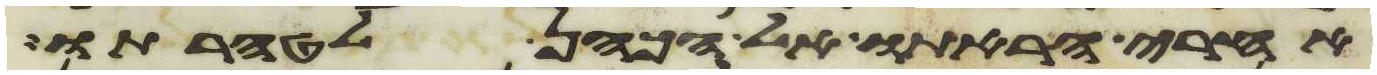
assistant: אחרי הראתו אל הכהן לטהרתו